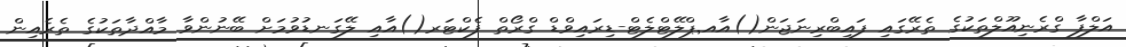
އަލްފާ ގްރެނިއޫލްތަކުގެ ތެރޭގައި ފައިބްރިނަޖަން()އާއ